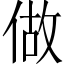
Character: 做